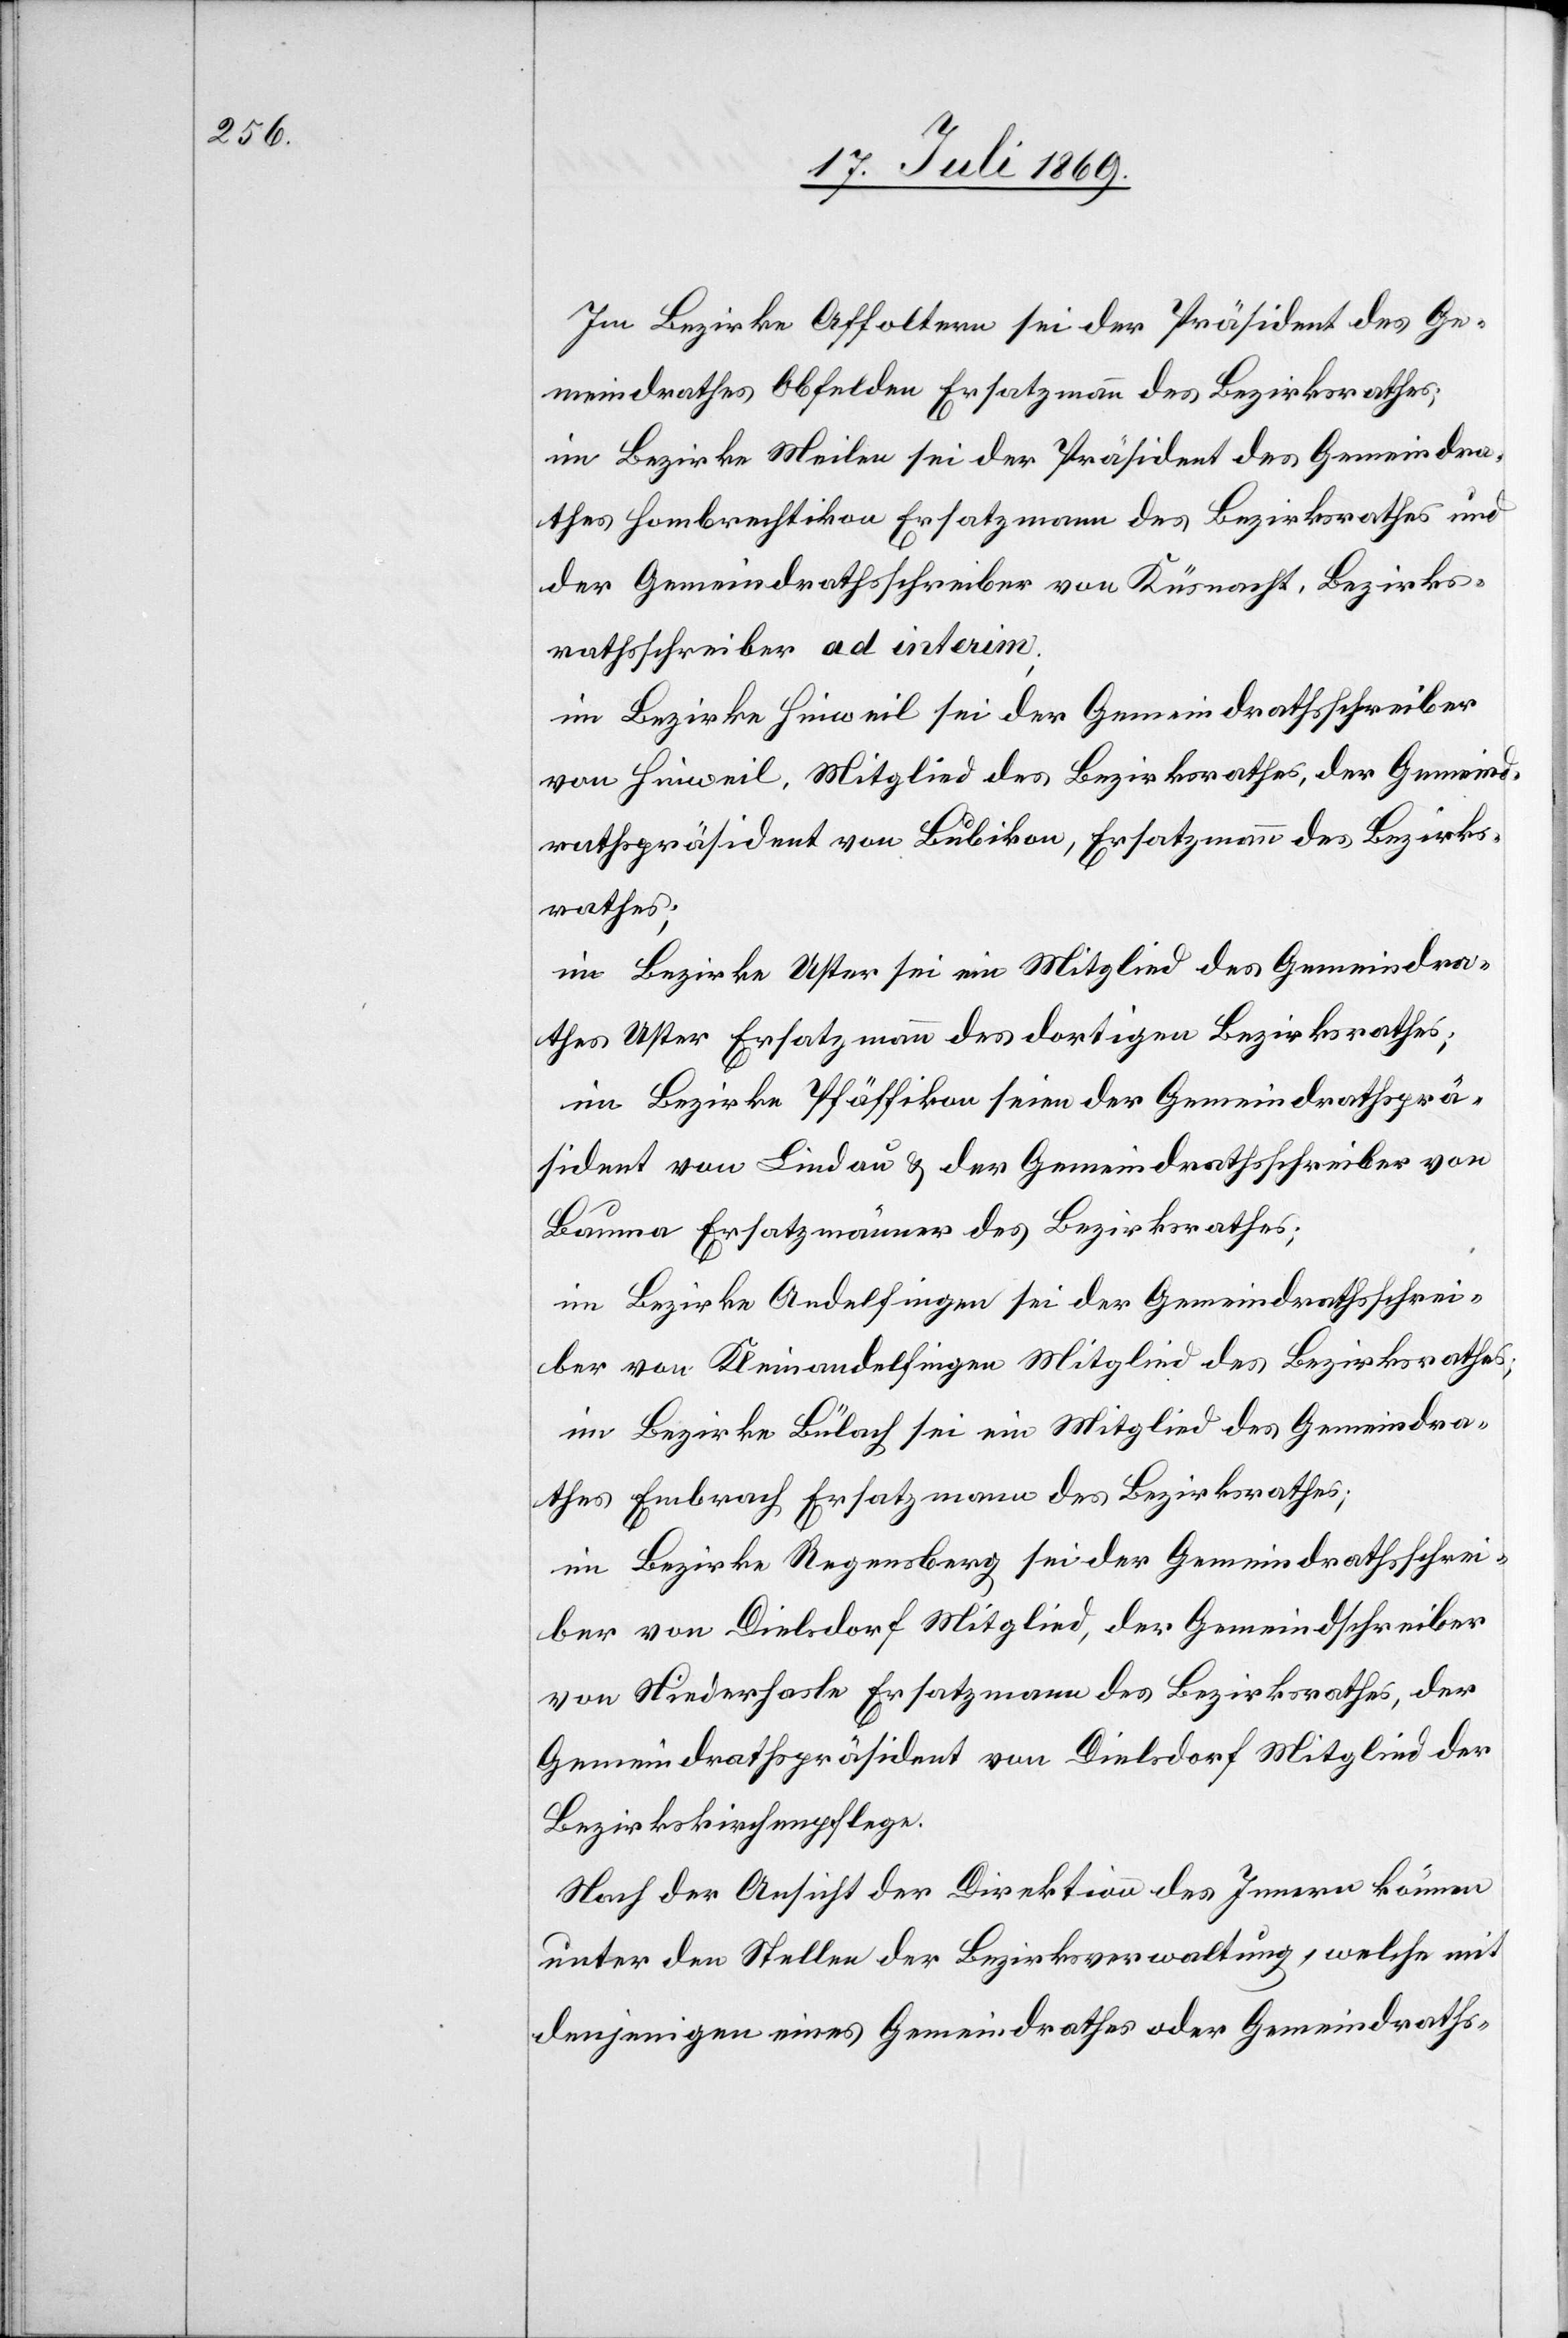
Im Bezirke Affoltern sei der Präsident des Ge¬
meindrathes Obfelden Ersatzmann des Bezirksrathes;
im Bezirke Meilen sei der Präsident des Gemeindra¬
thes Hombrechtikon Ersatzmann des Bezirksrathes und
der Gemeindrathsschreiber von Küsnacht, Bezirks¬
rathsschreiber ad interim;
im Bezirk Hinweil sei der Gemeindrathsschreiber
von Hinweil, Mitglied des Bezirksrathes, der Gemeind¬
rathsspräsident von Bubikon, Ersatzmann des Bezirks¬
rathes;
im Bezirke Uster sei ein Mitglied des Gemeindra¬
thes Uster Ersatzmann des dortigen Bezirksrathes,
im Bezirke Pfäffikon seien der Gemeindrathsprä¬
sident von Lindau u. der Gemeindrathsschreiber von
Bauma Ersatzmänner des Bezirksrathes;
im Bezirk Andelfingen sei der Gemeindrathsschrei¬
ber von Kleinandelfingen Mitglied des Bezirksrathes;
im Bezirke Bülach sei ein Mitglied des Gemeindra¬
thes Embrach Ersatzmann des Bezirksrathes;
im Bezirke Regensberg sei der Gemeindrathsschrei¬
ber von Dielsdorf Mitglied, der Gemeindrathsschreiber
von Niederhasli Ersatzmann des Bezirksrathes, der
Gemeindrathspräsident von Dielsdorf Mitglied der
Bezirkskirchenpflege.
Nach der Ansicht der Direktion des Innern können
unter den Stellen der Bezirksverwaltung, welche mit
denjenigen eines Gemeindrathes oder Gemeindraths-